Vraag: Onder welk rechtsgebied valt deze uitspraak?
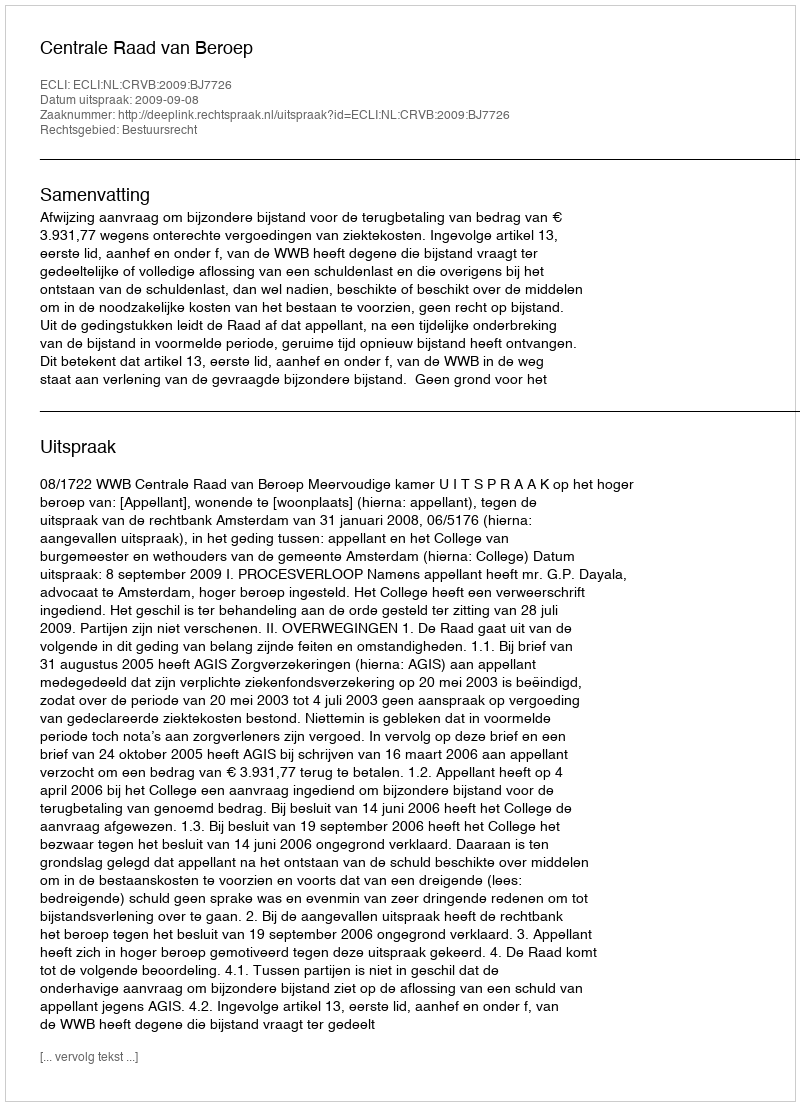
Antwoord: Bestuursrecht